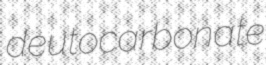
deutocarbonate